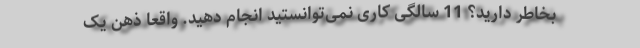
بخاطر دارید؟ 11 سالگی کاری نمی‌توانستید انجام دهید. واقعاً ذهن یک